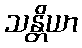
သန္တိယာ